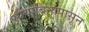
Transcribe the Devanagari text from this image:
सोयाबिनापासून